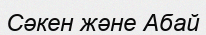
Сәкен және Абай